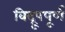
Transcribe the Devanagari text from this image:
विद्रूपपूर्ण